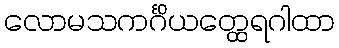
လောမသကင်္ဂိယတ္ထေရဂါထာ